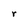
Character: r